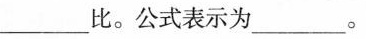
___比。公式表示为___。